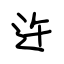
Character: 迕